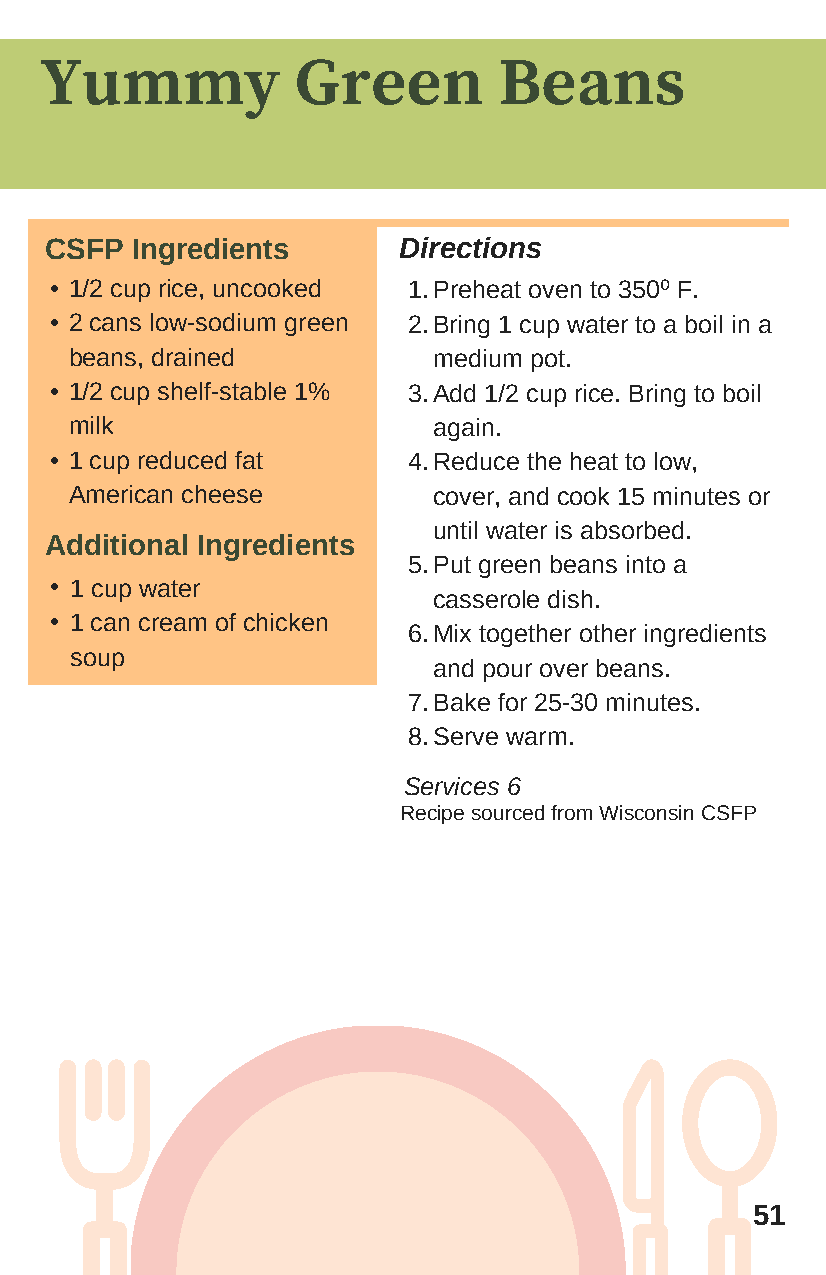
Yummy            Green        Beans
 CSFP  Ingredients      Directions
 • 1/2 cup rice, uncooked 1. Preheat oven to 350⁰ F.
 • 2 cans low-sodium green 2. Bring 1 cup water to a boil in a
 beans, drained          medium pot.
 • 1/2 cup shelf-stable 1% 3. Add 1/2 cup rice. Bring to boil
 milk                    again.
 • 1 cup reduced fat     4. Reduce the heat to low,
 American cheese         cover, and cook 15 minutes or
 until water is absorbed.
 Additional Ingredients
 5. Put green beans into a
 • 1 cup water
 casserole dish.
 • 1 can cream of chicken
 6. Mix together other ingredients
 soup
 and pour over beans.
 7. Bake for 25-30 minutes.
 8.Serve warm.
 Services 6
 Recipe sourced from Wisconsin CSFP
 51